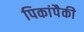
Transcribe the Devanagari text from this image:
पिकांपैकी